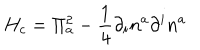
H _ { c } = \Pi _ { a } ^ { 2 } - \frac { 1 } { 4 } \partial _ { i } n ^ { a } \partial ^ { i } n ^ { a }